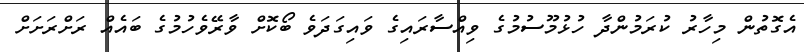
އެގޮތުން މިހާރު ކުރަމުންދާ ހުޅުމޫސުމުގެ ވިއްސާރައިގެ ވައިގަދަވެ ބޯކޮށް ވާރޭވެހުމުގެ ބައެއް ރަށްރަށަށް